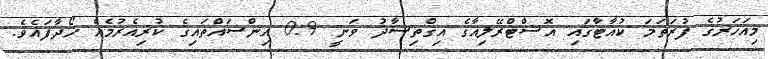
މިއަހަރުގެ ފުރަތަމަ ކުއާޓާގައި އޮސްޓްރޭލިއާގެ އިގްތިސާދު ވަނީ 0.9 އިންސައްތައިގެ ކުރިއެރުމެއް ހޯދާފައެވެ.